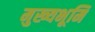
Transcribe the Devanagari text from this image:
मुख्‍यभूमि